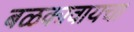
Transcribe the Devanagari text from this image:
बळकावायचा